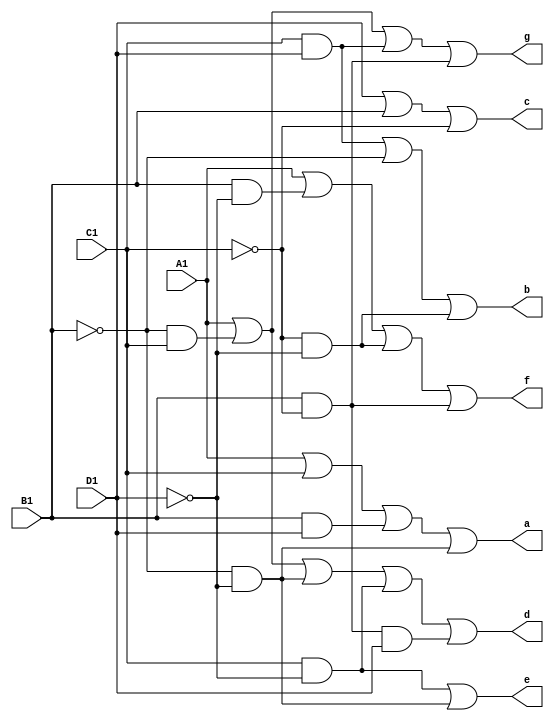
module seven_segment(A1, B1, C1, D1, a, b, c, d, e, f, g);
  input A1, B1, C1, D1;
  output a, b, c, d, e, f, g;
  
  assign a = A1 | (C1) | (B1&D1) | (~B1&~D1);
  assign b = (C1&D1) | (~B1) | (~C1&~D1);
  assign c = (D1) | (B1) | (~C1);
  assign d = (A1) | (~B1&C1) | (~B1&~D1) | (C1&~D1) | ((B1&~C1)&D1);
  assign e = (C1&~D1) | (~B1&~D1);
  assign f = A1 | (B1&~D1) | (~C1&~D1) | (B1&~C1);
  assign g = A1 | (~B1&C1) | (C1&D1) | (B1&~C1);
endmodule